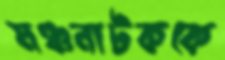
মঞ্চনাটককে